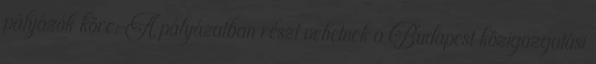
pályázók köre: A pályázatban részt vehetnek a Budapest közigazgatási